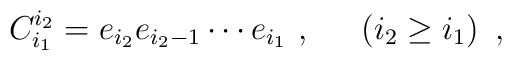
C^{i_2}_{i_1} = e_{i_2} e_{i_2 -1} \cdots e_{i_1}~,~~~~         \left(i_2 \geq i_1 \right)~,